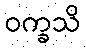
ဝက္ခသိ